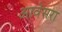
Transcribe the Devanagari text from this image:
आवेसरा